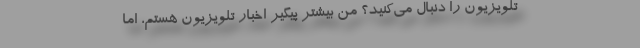
تلویزیون را دنبال می‌کنید؟ من بیشتر پیگیر اخبار تلویزیون هستم، اما